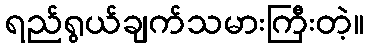
ရည်ရွယ်ချက်သမားကြီးတဲ့။